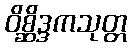
ဝိစ္ဆိဒ္ဒကသုတ္တ